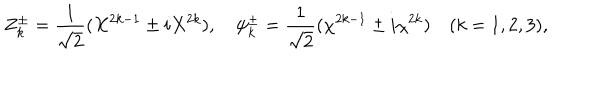
Z _ { k } ^ { \pm } = { \frac { 1 } { \sqrt { 2 } } } ( X ^ { 2 k - 1 } \pm i X ^ { 2 k } ) , \quad \psi _ { k } ^ { \pm } = { \frac { 1 } { \sqrt { 2 } } } ( \chi ^ { 2 k - 1 } \pm i \chi ^ { 2 k } ) \quad ( k = 1 , 2 , 3 ) ,